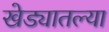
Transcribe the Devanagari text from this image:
खेड्यातल्या